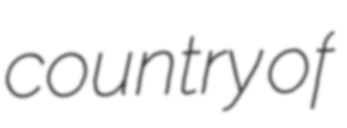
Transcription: country of